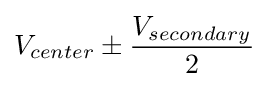
V_{center}\pm {\frac {V_{secondary}}{2}}